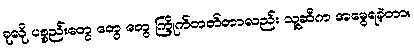
ခုလို ပစ္စည်းတွေ တွေ တွေ ကြိုက်တတ်တာလည်း သူ့ဆီက အမွေရခဲ့တာ။